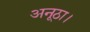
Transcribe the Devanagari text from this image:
अनूठा।